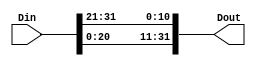
module LEA_ROL11(Din,Dout);

input [31:0] Din;
output [31:0] Dout;

assign Dout[31:0] = {Din[20:0], Din[31:21]};

endmodule